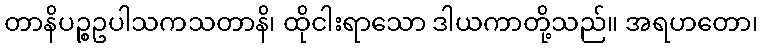
တာနိပဉ္စဥပါသကသတာနိ၊ ထိုငါးရာသော ဒါယကာတို့သည်။ အရဟတော၊